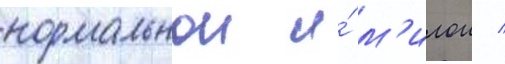
нормальнои и́ м'илои /